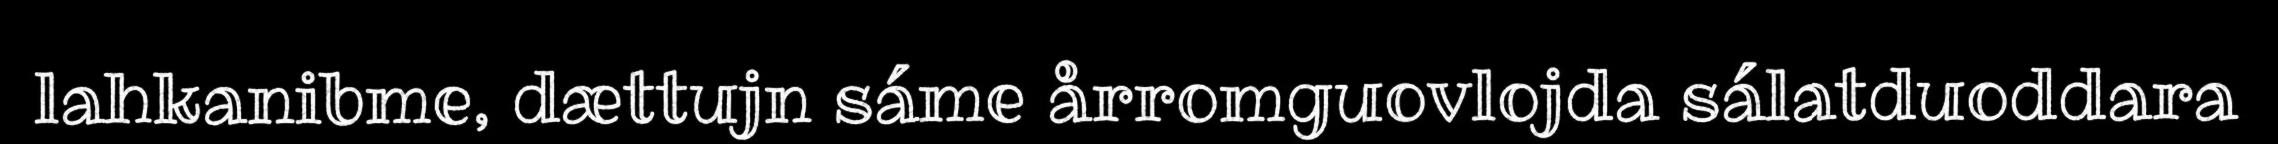
lahkanibme, dættujn sáme årromguovlojda sálatduoddara